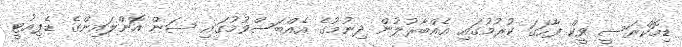
ޑިމޮކްރަސީ ވީކް ފާހަގަ ކުރުމުގައި އެއްބާރުލުން ދިނުމުގެ އެއްބަސްވުމުގައި ސަން އޮންލައިންގެ ޑެޕިއުޓީ